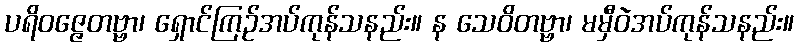
ပရိဝဇ္ဇေတဗ္ဗာ၊ ရှောင်ကြဉ်အပ်ကုန်သနည်း။ န သေဝိတဗ္ဗာ၊ မမှီဝဲအပ်ကုန်သနည်း။